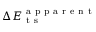
\Delta E _ { \mathrm { ~ t ~ s ~ } } ^ { \mathrm { ~ a ~ p ~ p ~ a ~ r ~ e ~ n ~ t ~ } }